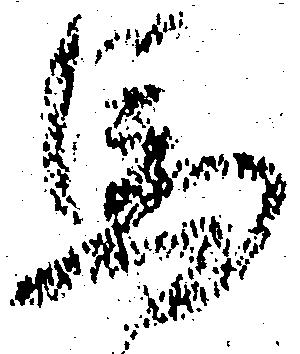
馬